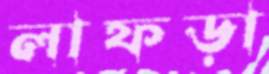
লাফড়া